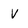
Character: V